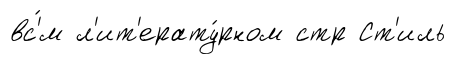
вс'́м л'ит'ерату́рном стр Ст'иль